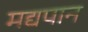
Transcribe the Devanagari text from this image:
मद्यपान